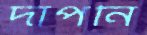
দাপনি